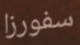
سفورزا